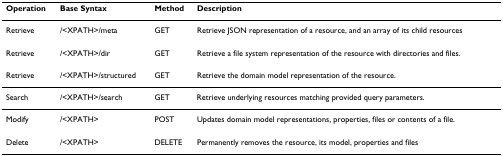
| Operation | Base Syntax | Method | Description |
 | --- | --- | --- | --- |
 | Retrieve | /<XPATH>/meta | GET | Retrieve JSON representation of a resource, and an array of its child resources |
 | Retrieve | /<XPATH>/dir | GET | Retrieve a file system representation of the resource with directories and files. |
 | Retrieve | /<XPATH>/structured | GET | Retrieve the domain model representation of the resource. |
 | Search | /<XPATH>/search | GET | Retrieve underlying resources matching provided query parameters. |
 | Modify | /<XPATH> | POST | Updates domain model representations, properties, files or contents of a file. |
 | Delete | /<XPATH> | DELETE | Permanently removes the resource, its model, properties and files |